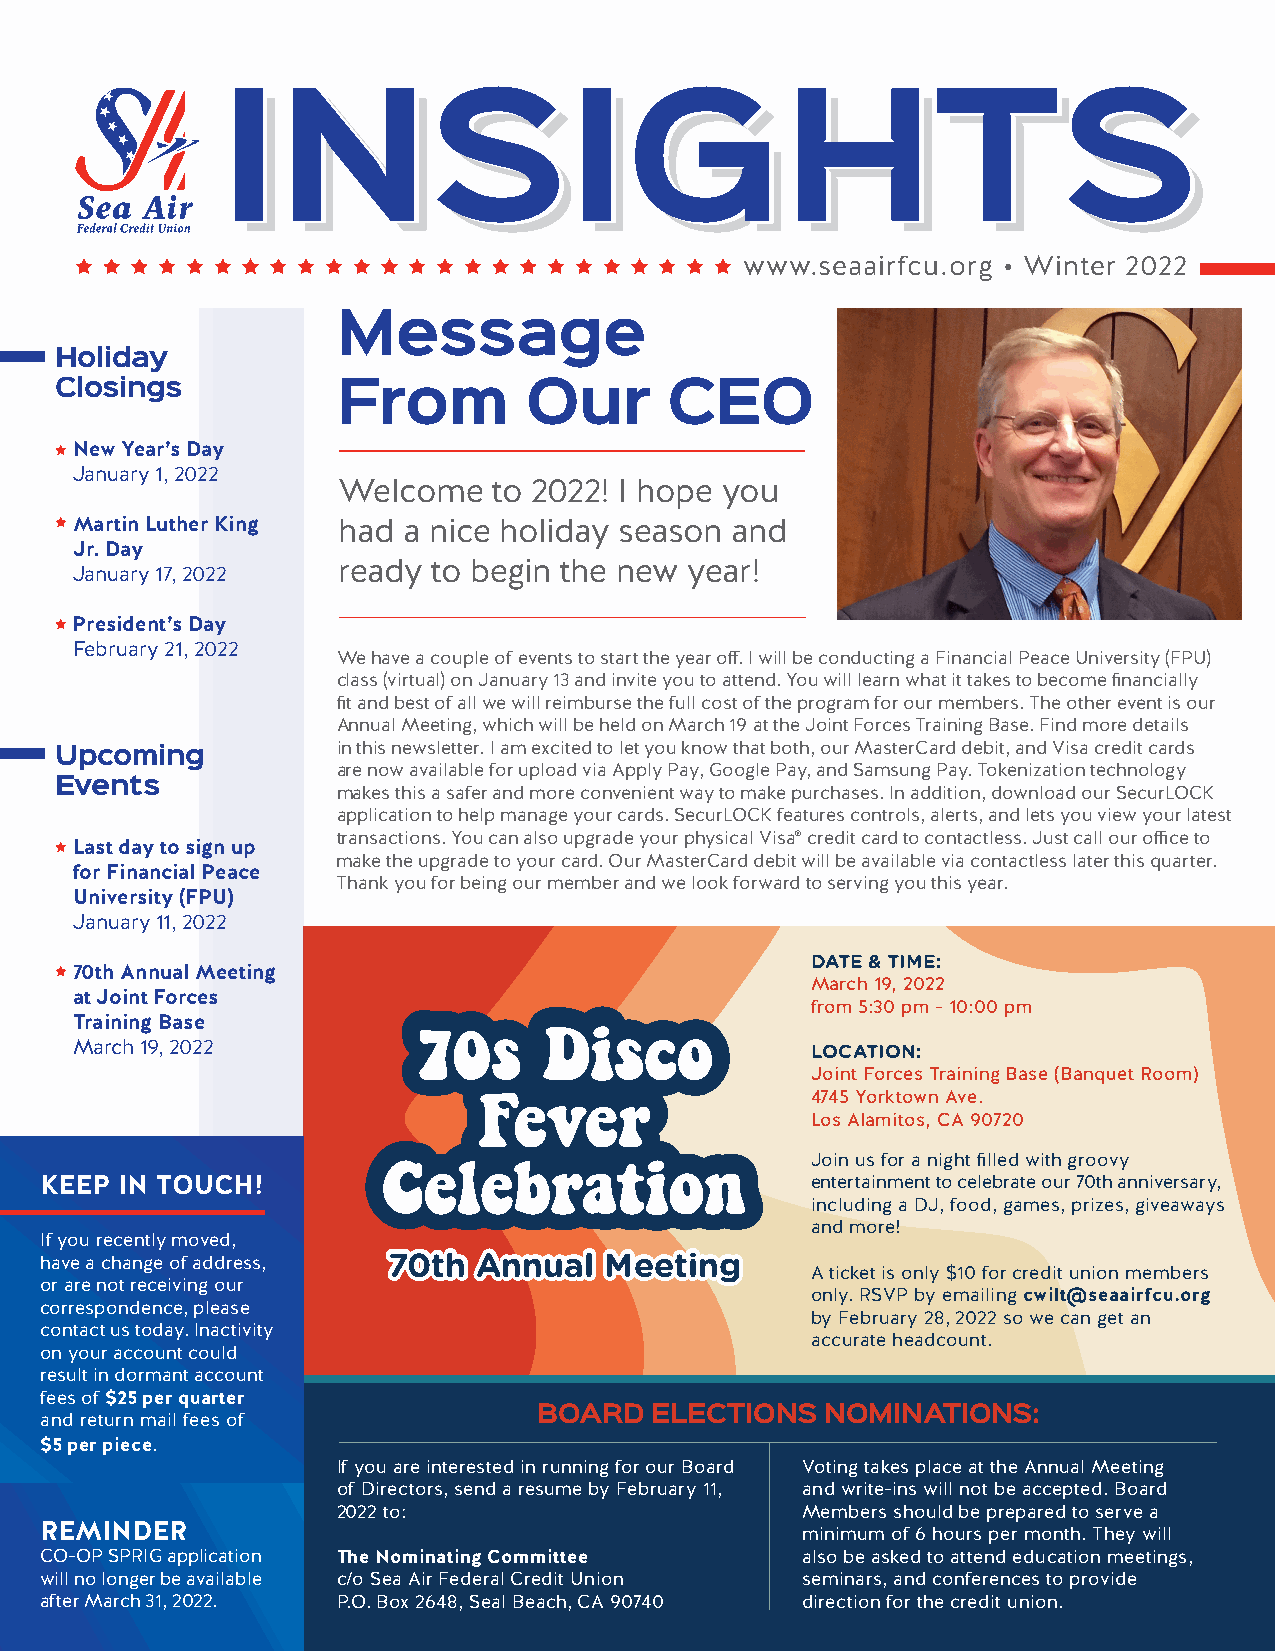
INSIGHTS
 www.seaairfcu.org • Winter 2022
 Message
 Holiday
 Closings          From         Our      CEO
 N ew Year’s Day
 January 1, 2022
 Welcome    to 2022! I hope you
 Martin Luther King had a nice holiday season and
 Jr. Day
 ready  to begin the new year!
 January 17, 2022
 President’s Day
 February 21, 2022
 We have a couple of events to start the year off. I will be conducting a Financial Peace University (FPU)
 class (virtual) on January 13 and invite you to attend. You will learn what it takes to become financially
 fit and best of all we will reimburse the full cost of the program for our members. The other event is our
 Annual Meeting, which will be held on March 19 at the Joint Forces Training Base. Find more details
 in this newsletter. I am excited to let you know that both, our MasterCard debit, and Visa credit cards
 Upcoming
 are now available for upload via Apply Pay, Google Pay, and Samsung Pay. Tokenization technology
 Events
 makes this a safer and more convenient way to make purchases. In addition, download our SecurLOCK
 application to help manage your cards. SecurLOCK features controls, alerts, and lets you view your latest
 transactions. You can also upgrade your physical Visa® credit card to contactless. Just call our office to
 L ast day to sign up
 make the upgrade to your card. Our MasterCard debit will be available via contactless later this quarter.
 for Financial Peace
 Thank you for being our member and we look forward to serving you this year.
 University (FPU)
 January 11, 2022
 DATE & TIME:
 70th Annual Meeting
 March 19, 2022
 at Joint Forces
 from 5:30 pm - 10:00 pm
 Training Base
 March 19, 2022                                   LOCATION:
 Joint Forces Training Base (Banquet Room)
 4745 Yorktown Ave.
 Los Alamitos, CA 90720
 Join us for a night filled with groovy
 KEEP IN TOUCH!                                     entertainment to celebrate our 70th anniversary,
 including a DJ, food, games, prizes, giveaways
 and more!
 If you recently moved,
 have a change of address, 7700tthh AAnnnnuuaall MMeeeettiinngg
 A ticket is only $10 for credit union members
 or are not receiving our
 only. RSVP by emailing cwilt@seaairfcu.org
 correspondence, please
 by February 28, 2022 so we can get an
 contact us today. Inactivity
 accurate headcount.
 on your account could
 result in dormant account
 fees of $25 per quarter
 BOARD  ELECTIONS   NOMINATIONS:
 and return mail fees of
 $5 per piece.
 If you are interested in running for our Board Voting takes place at the Annual Meeting
 of Directors, send a resume by February 11, and write-ins will not be accepted. Board
 2022 to:                       Members should be prepared to serve a
 REMINDER                                          minimum of 6 hours per month. They will
 CO-OP SPRIG application The Nominating Committee  also be asked to attend education meetings,
 will no longer be available c/o Sea Air Federal Credit Union seminars, and conferences to provide
 after March 31, 2022. P.O. Box 2648, Seal Beach, CA 90740 direction for the credit union.